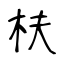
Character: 枎